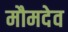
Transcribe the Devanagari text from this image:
मौमदेव